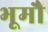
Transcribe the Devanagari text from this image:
भूमौ